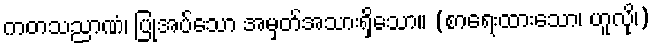
ကတသညာဏံ၊ ပြုအပ်သော အမှတ်အသားရှိသော။ (စာရေးထားသော၊ ဟူလို၊)